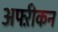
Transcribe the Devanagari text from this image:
अफ्ऱीकन